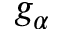
g _ { \alpha }